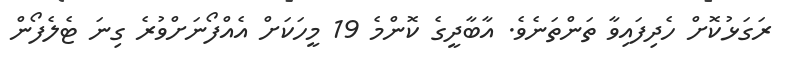
ރަގަޅުކޮށް ހެދިފައިވާ ތަންތަނެވެ. އާބާދީގެ ކޮންމެ 19 މީހަކަށް އެއްފޯނަށްވުރެ ގިނަ ޓެލެފޯން